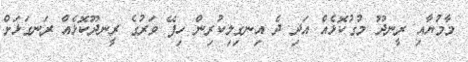
މާމުޔާއި ރީނދޫ މުގުކޮޅެއް އަދި ދެ އިނގިލިކުރިން ހިފޭ ވަރުގެ ރީނދޫކޮޅެއް ރަނގަޅަށް